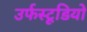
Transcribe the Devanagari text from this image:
उर्फस्टूडियो